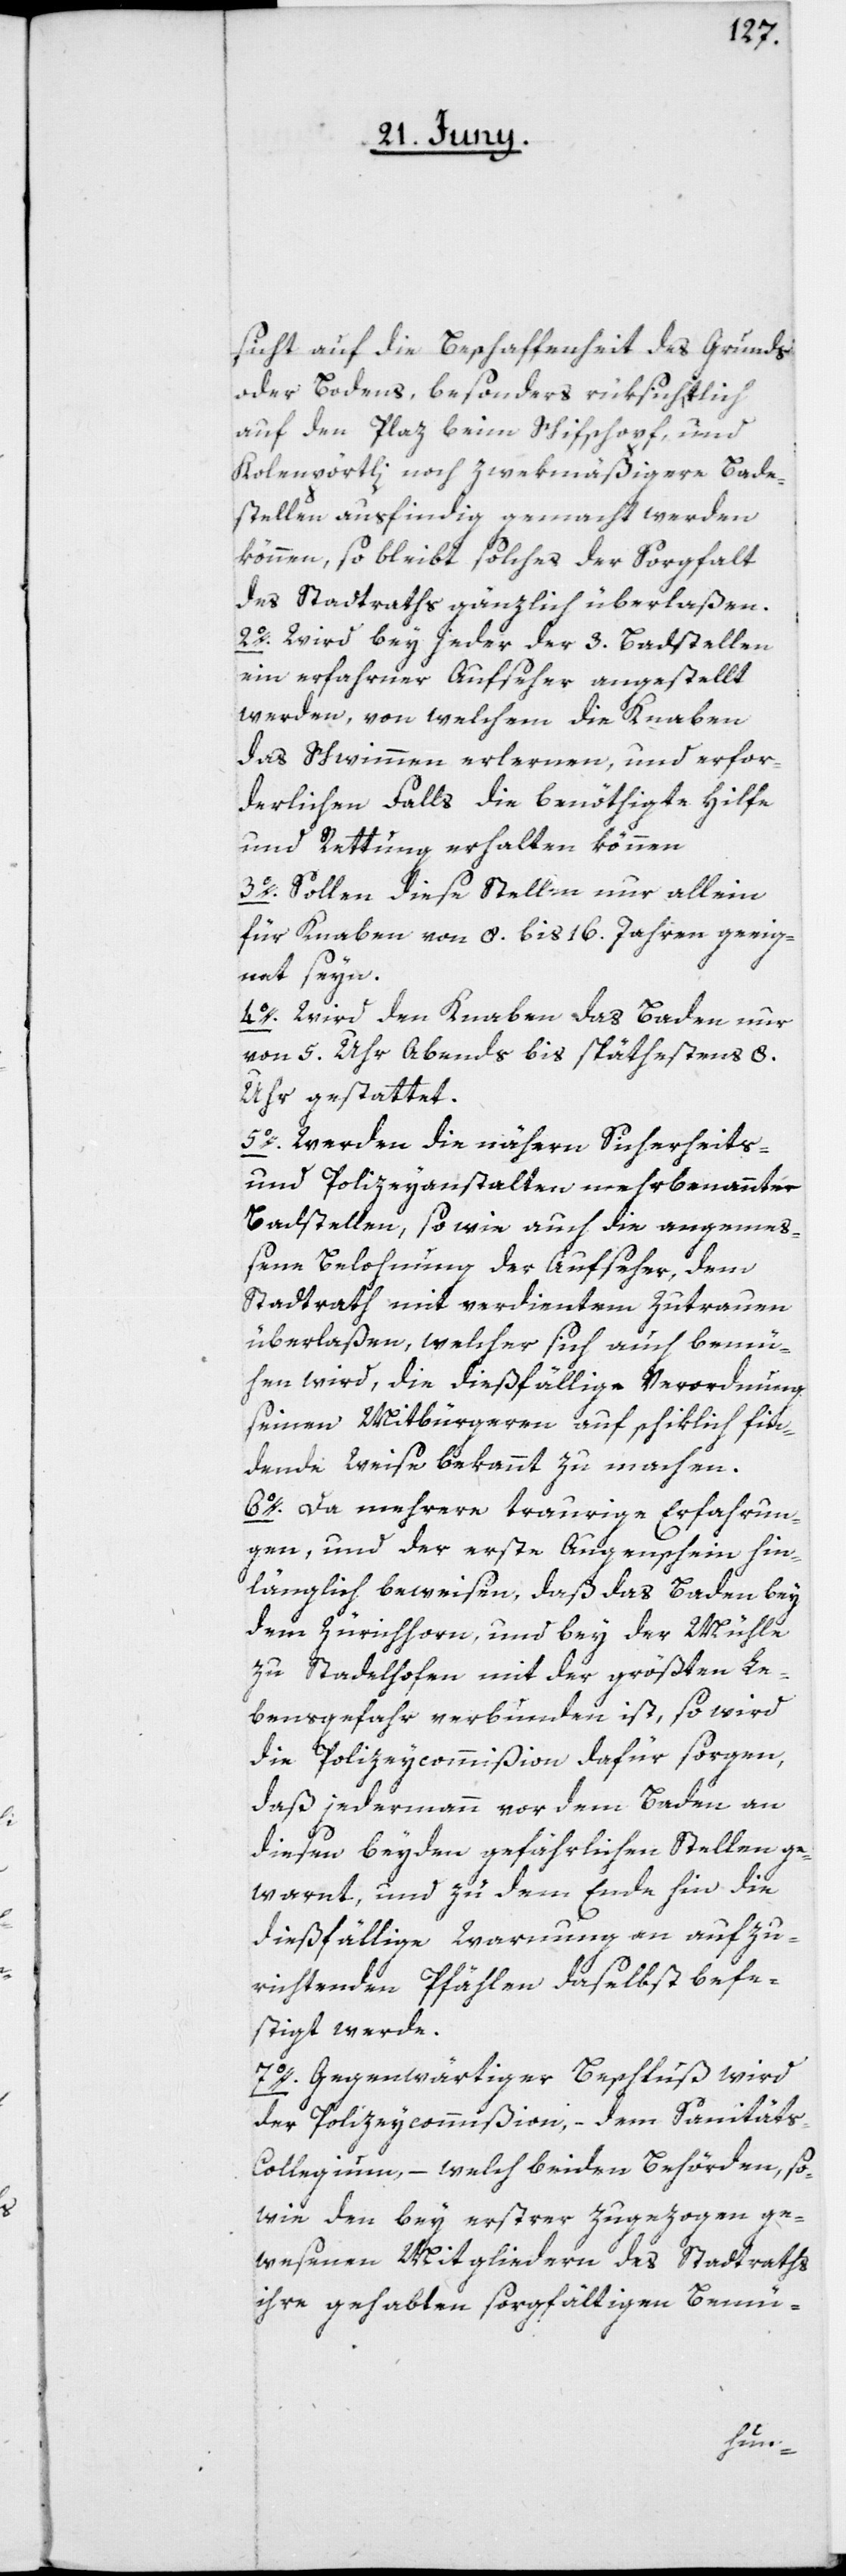
sicht auf die Beschaffenheit des Grunds
oder Bodens, besonders rüksichtlich
auf den Plaz beim Schifschopf, und
Kohlenpörtli noch zwekmäßigere Bade¬
stellen ausfindig gemacht werden
können, so bleibt solches der Sorgfalt
des Stadtraths gänzlich überlaßen.
2o. Wird bey jeder der 3. Badstellen
ein erfahrner Aufseher angestellt
werden, von welchem die Knaben
das Schwimmen erlernen, und erfor¬
derlichen Falls die benöthigte Hilfe
und Rettung erhalten können.
3o. Sollen diese Stellen nur allein
für Knaben von 8. bis 16. Jahren geeig¬
net seyn.
4o. Wird den Knaben das Baden nur
von 5. Uhr Abends bis spätestens 8.
Uhr gestattet.
5o. Werden die nähern Sicherheits-
und Polizeyanstalten mehrbenannter
Badstellen, so wie auch die angemeß¬
ene Belohnung der Aufseher, dem
Stadtrat mit verdientem Zutrauen
überlaßen, welcher sich auch bemü¬
hen wird, die dießfällige Verordnung
seinen Mitbürgeren auf schiklich fin¬
dende Weise bekannt zu machen.
6o. Da mehrere traurige Erfahrun¬
gen, und der erste Augenschein hin¬
länglich beweisen, daß das Baden bey
dem Zürichhorn, und bey der Mühle
zu Stadelhofen mit der größten Le¬
bensgefahr verbunden ist, so wird
die Polizeycommißion dafür sorgen,
daß jedermann vor dem Baden an
diesen beyden gefährlichen Stellen ge¬
warnt, und zu dem Ende hin die
dießfällige Warnung an aufzu¬
richtenden Pfählen daselbst befe¬
stigt werde.
7o. Gegenwärtiger Beschluß wird
der Polizeycommißion, – dem Sanitäts-C¬
ollegium, – welch beiden Behörden, so¬
wie den bey ersterer zugezogen ge¬
wesenen Mitgliedern des Stadtraths
ihre gehabten sorgfältigen Bemü-